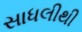
સાધલીથી